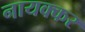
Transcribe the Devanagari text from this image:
नायक्कर